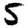
Digit: 5